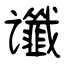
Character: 谶